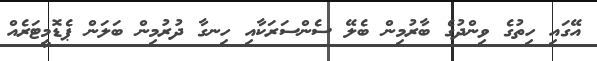
އޭގައި ހިތުގެ ވިންދުގެ ބާރުމިން ބެލޭ ސެންސަރަކާއި ހިނގާ ދުރުމިން ބަލަން ޕެޑޮމީޓަރެއް